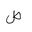
Letter: _sad